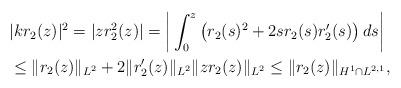
LaTeX: \begin{align*}&|k r_2(z)|^2 = |z r_2^2(z)|= \bigg | \int_0^z\left(r_2(s)^2+2 sr_2(s) r_2'(s)\right) d s\bigg|\\&\leq \|r_2(z)\|_{L^2} +2 \|r_2'(z) \|_{L^2} \|z r_2 (z) \|_{L^2}\leq \|r_2(z)\|_{H^1\cap L^{2,1}},\end{align*}